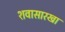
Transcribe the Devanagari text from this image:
शवासारखा